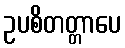
ဥပစိတတ္တာပေ